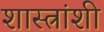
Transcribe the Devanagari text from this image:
शास्त्रांशी